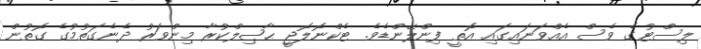
ލިސްޓުގެ ވެސް އެއްވަނައިގައި އޮތީ ފިންލޭންޑެވެ. ޓެކްނޮލޮޖީ ޙާޞިލްކުރާ މިންވަރު ދެނެގަތުމުގެ ގޮތުން